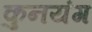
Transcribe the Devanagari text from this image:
कुनयंग